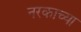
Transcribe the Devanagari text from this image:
नरकाच्या